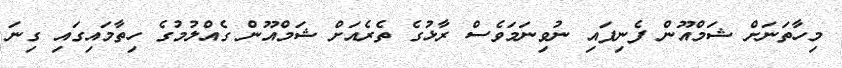
މިހާތަނަށް ޝަމްއޫން ފެނިފައި ނުވިނަމަވެސް ރާޅުގެ ތެރެއަށް ޝަމްއޫން ގެއްލުމުގެ ހިތާމައިގައި ގިނަ